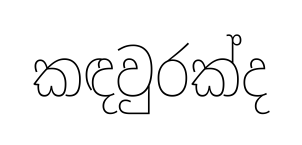
කඳවුරක්ද